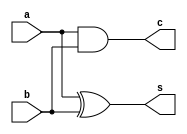
module half_adder(a,b,s,c);
input wire a,b;
output wire s,c;
assign s=a^b;
assign c=a&b;
endmodule